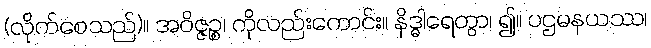
(လိုက်စေသည်)။ အဝိဇ္ဇဉ္စ၊ ကိုလည်းကောင်း။ နိဒ္ဓါရေတွာ၊ ၍။ ပဌမနယဿ၊